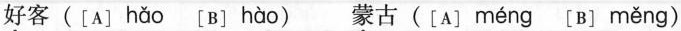
好客([A] hǎo [B] hào ) 蒙古([A] méng 〔B] měng )